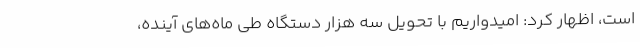
است، اظهار کرد: امیدواریم با تحویل سه هزار دستگاه طی ماه‌های آینده،